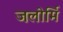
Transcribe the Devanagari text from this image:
जलोर्मि